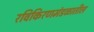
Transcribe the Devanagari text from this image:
रविकिरणमंडळातील